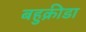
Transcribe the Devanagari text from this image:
बहुक्रीडा